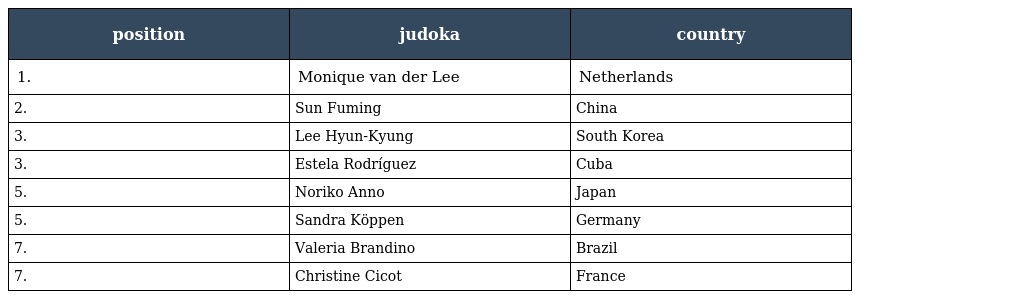
| position | judoka | country |
 | --- | --- | --- |
 | 1. | Monique van der Lee | Netherlands |
 | 2. | Sun Fuming | China |
 | 3. | Lee Hyun-Kyung | South Korea |
 | 3. | Estela Rodríguez | Cuba |
 | 5. | Noriko Anno | Japan |
 | 5. | Sandra Köppen | Germany |
 | 7. | Valeria Brandino | Brazil |
 | 7. | Christine Cicot | France |